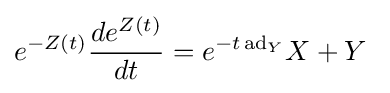
e^{-Z(t)}{\frac {de^{Z(t)}}{dt}}=e^{-t\,\mathrm {ad} _{Y}}X+Y~